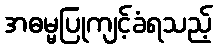
အဓမ္မပြုကျင့်ခံရသည့်